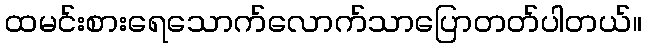
ထမင်းစားရေသောက်လောက်သာပြောတတ်ပါတယ်။